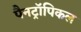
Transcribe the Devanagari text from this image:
पैनट्रॉपिकल